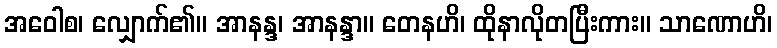
အဝေါစ၊ လျှောက်၏။ အာနန္ဒ၊ အာနန္ဒာ။ တေနဟိ၊ ထိုနာလိုတပြီးကား။ သာဏောဟိ၊